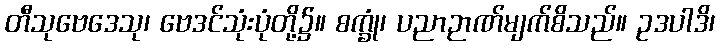
တီသုဗေဒေသု၊ ဗေဒင်သုံးပုံတို့၌။ စက္ခုံ၊ ပညာဉာဏ်မျက်စိသည်။ ဥဒပါဒိ၊